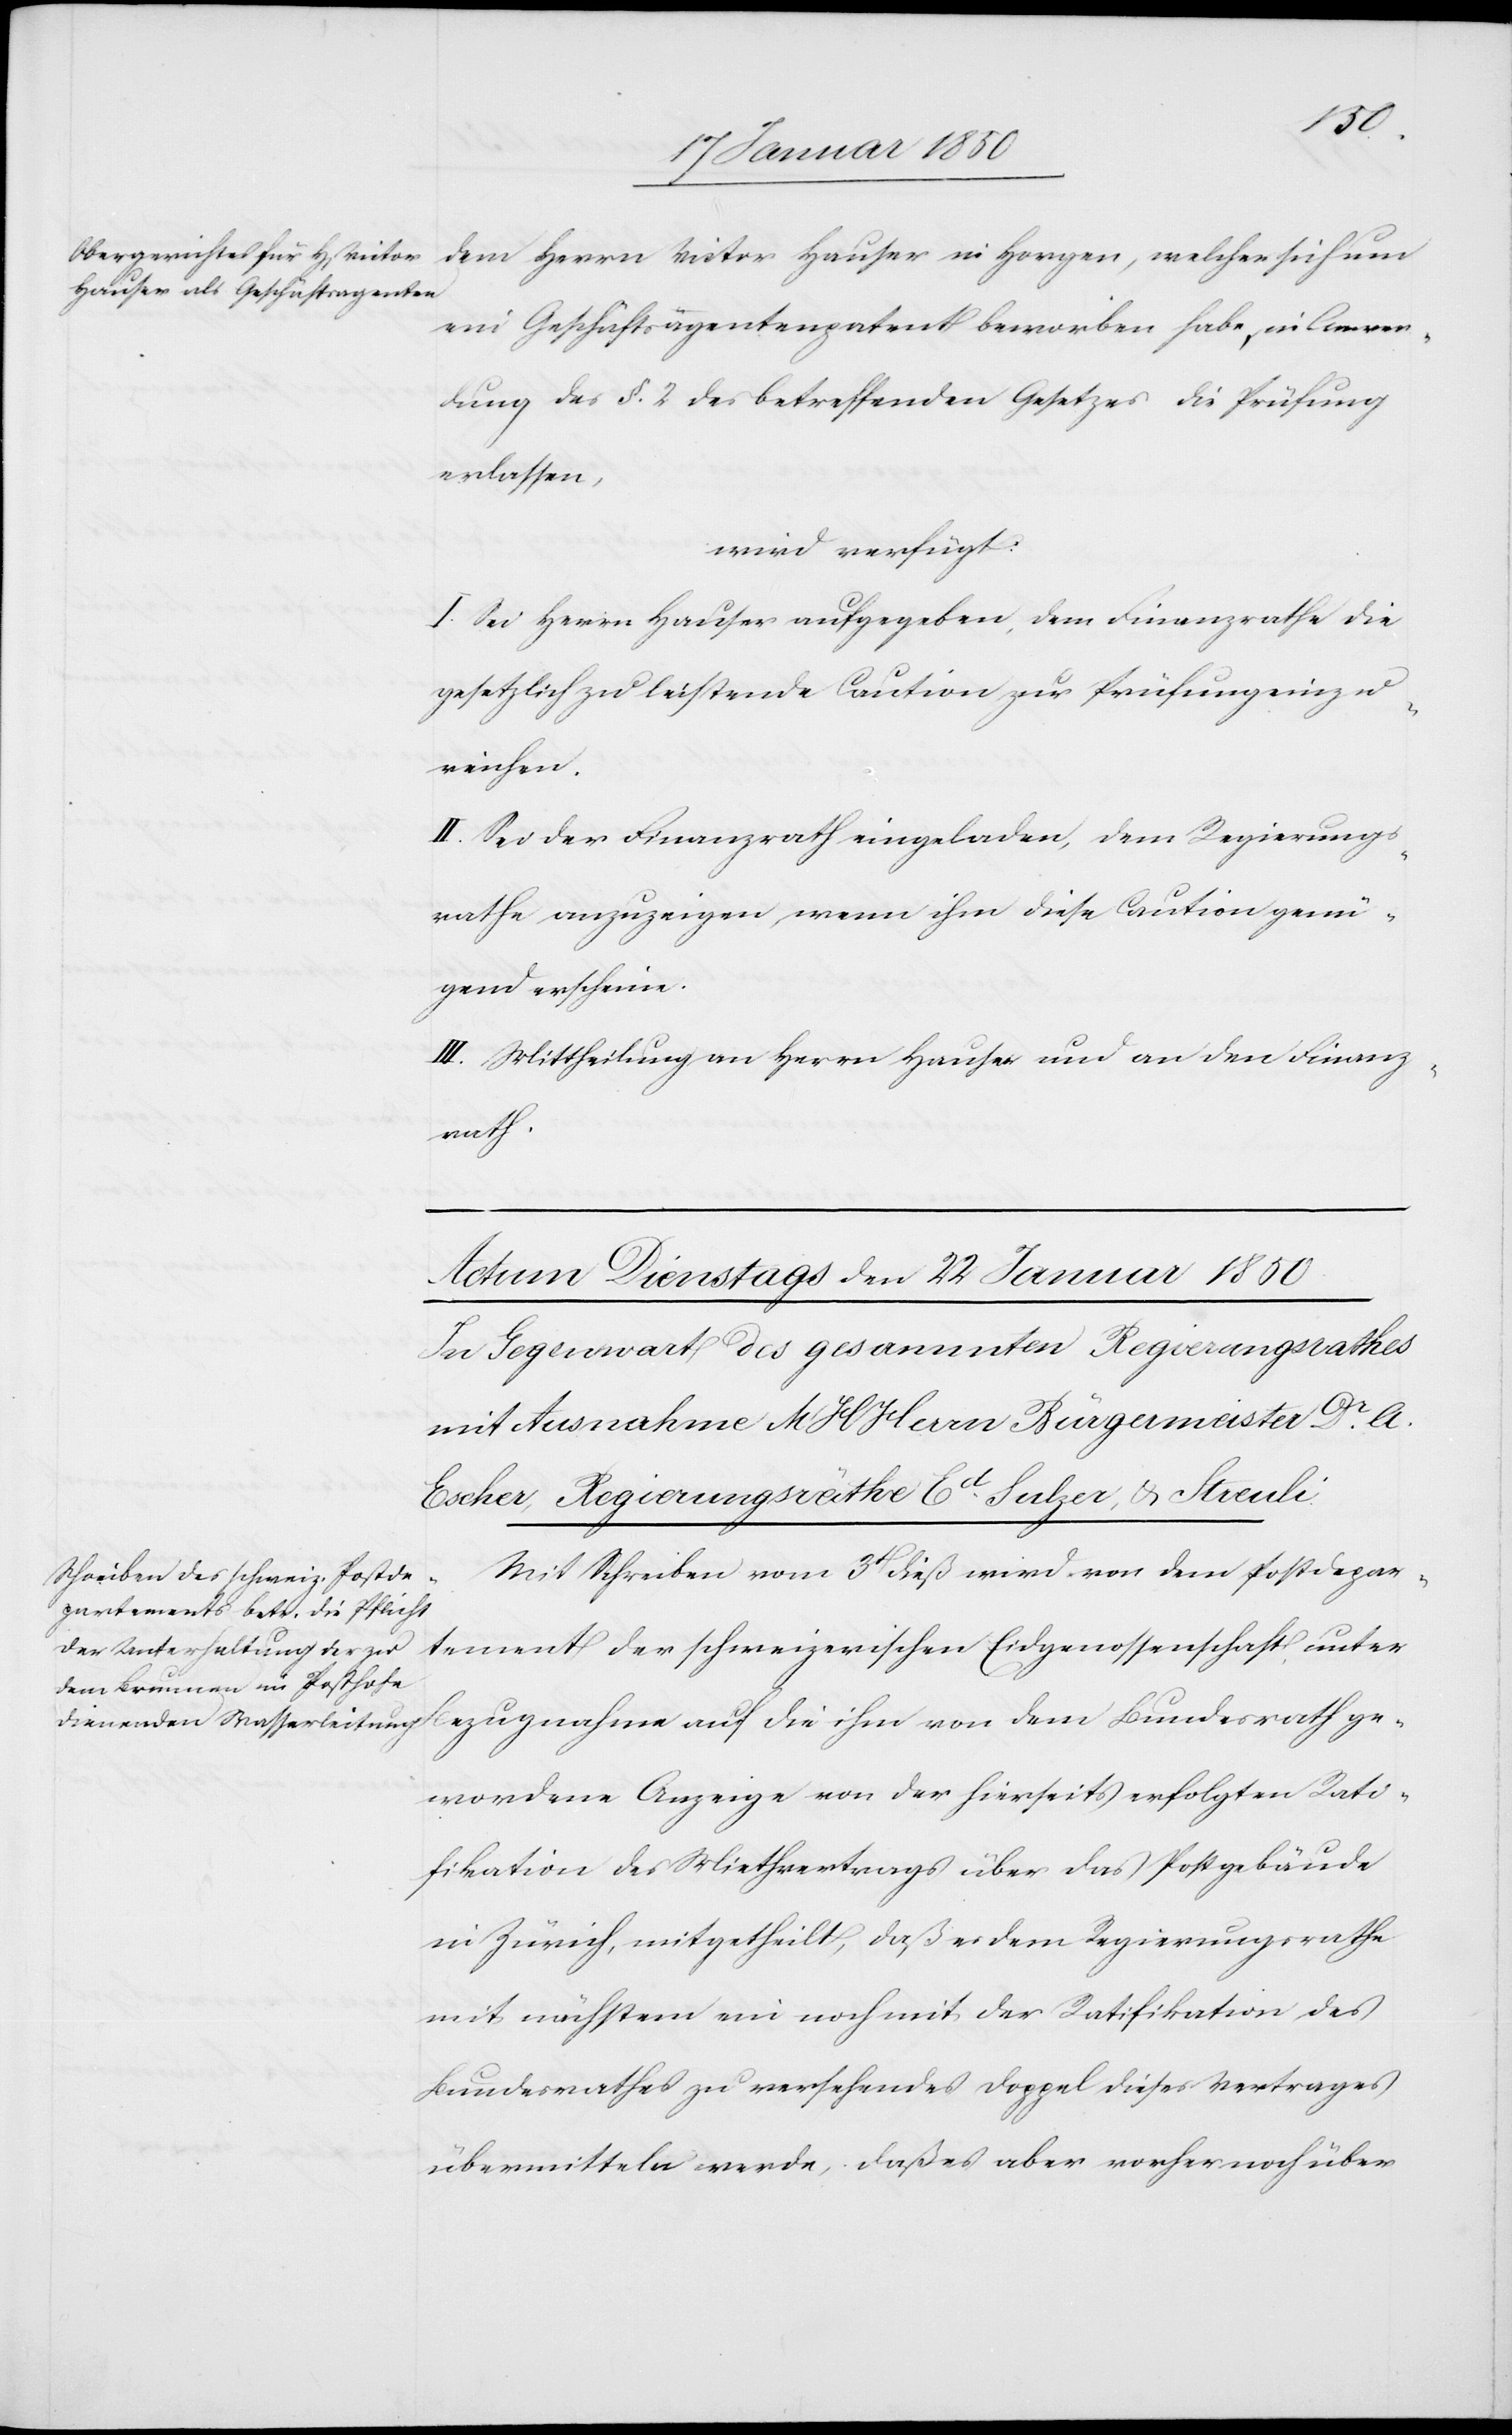
ge¬
dem Herrn Victor Hauser in Horgen, welcher sich um
ein Geschäftsagentenpatent beworben habe, in Anwen¬
dung des §. 2 des betreffenden Gesetzes die Prüfung
erlassen,
wird verfügt:
I. Sei Herrn Hauser aufgegeben, dem Finanzrathe die
gesetzlich zu leistende Caution zur Prüfung einzu¬
reichen.
II. Sei der Finanzrath eingeladen, dem Regierungs¬
rathe anzuzeigen, wenn ihm diese Caution genü¬
gend erscheine.
III. Mittheilung an Herrn Hauser und an den Finanz¬
rath.
Mit Schreiben vom 3t dieß wird von dem Postdepar¬
tement der schweizerischen Eidgenossenschaft unter
wordene Anzeige von der hierseits erfolgten Rati¬
fikation des Miethvertrags über das Postgebäude
in Zürich, mitgetheilt, daß es dem Regierungsrathe
mit nächstem ein noch mit der Ratifikation des
Bundesrathes zu versehendes Doppel dieses Vertrages
übermitteln werde, daß es aber vorher noch über